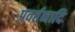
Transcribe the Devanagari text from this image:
प्रवर्तनादि